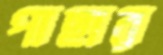
পাছার